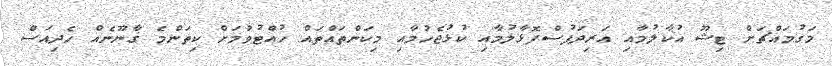
މަގުމައްޗަށް ޓިޝޫ އުކާލުމާއި އަރިދަފުސްފޮޅާލުމާއި ކުޅުޖެހުމާއި މިކަންތައްތައް ހުއްޓުވުމަށް ކިތަންމެ ގާނޫނެއް ހެދިއަސް